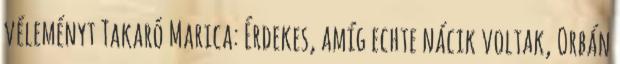
véleményt Takaró Marica: Érdekes, amíg echte nácik voltak, Orbán